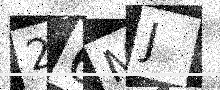
Text: 26MJ